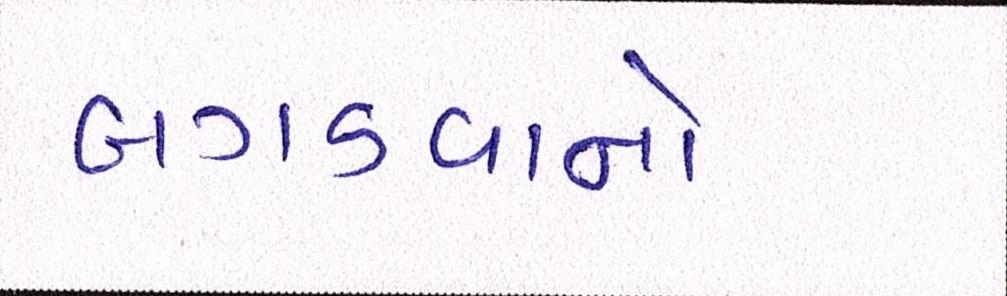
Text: બગડવાનો